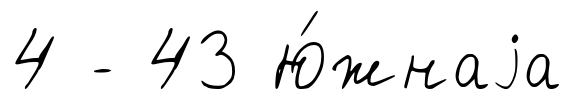
4 - 43 Ю́жнаjа